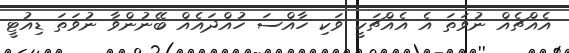
އެއްޗެއް ނުވަތަ އެ އެއްޗަކީ ވަކި ހާއްސަ ހުއްދައެއް ބޭނުންވާ ނުވަތަ ޑިއުޓީ